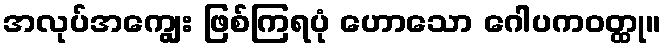
အလုပ်အကျွေး ဖြစ်ကြရပုံ ဟောသော ဂေါပကဝတ္ထု။